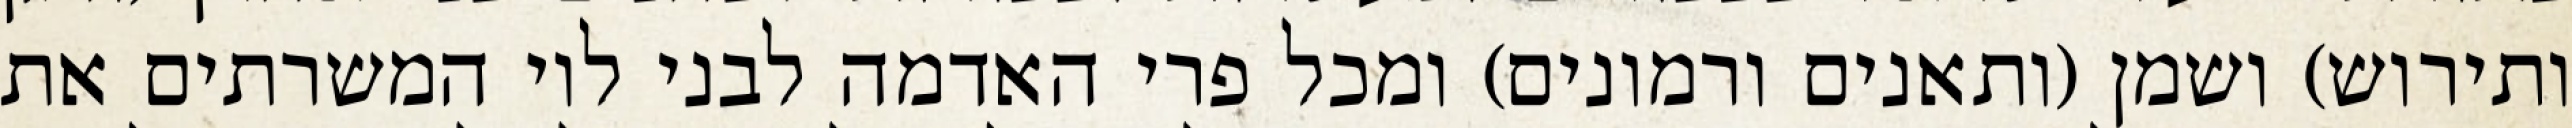
ותירוש) ושמן (ותאנים ורמונים) ומכל פרי האדמה לבני לוי המשרתים את